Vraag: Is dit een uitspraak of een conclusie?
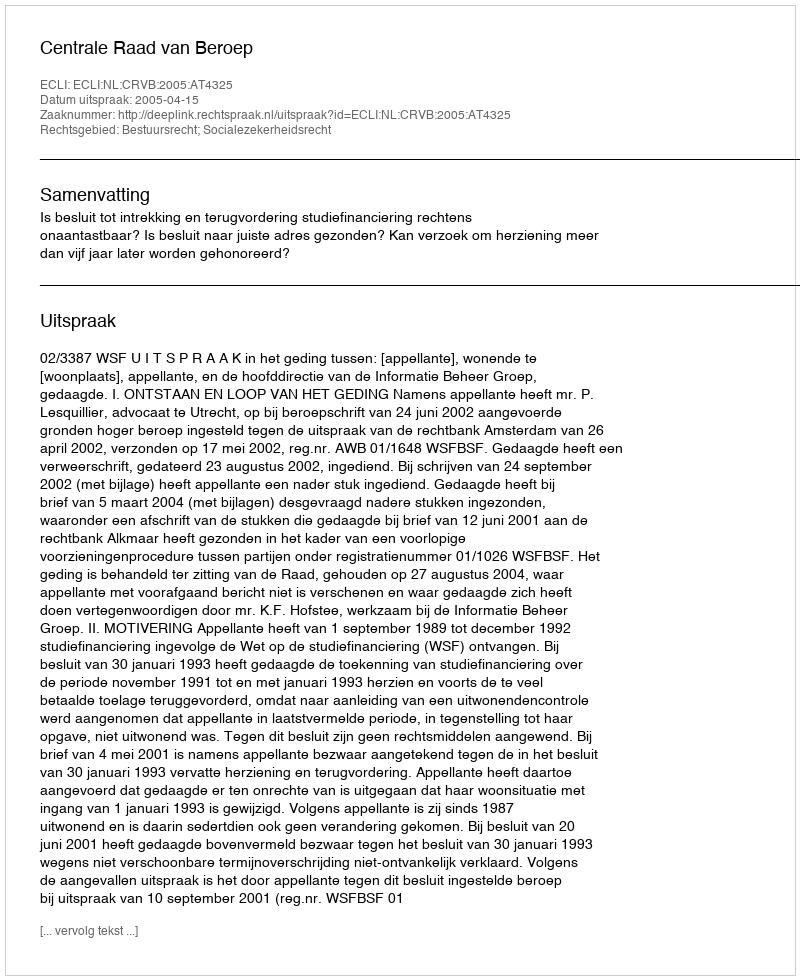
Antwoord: Uitspraak